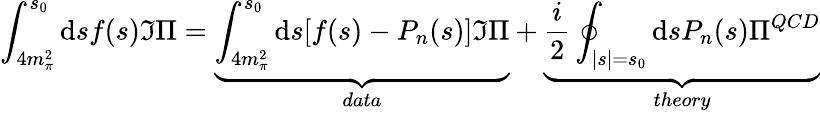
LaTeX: \int_{4m_{\pi}^{2}}^{s_{0}}\mathrm{d}sf(s)\Im\Pi=\underbrace{\int_{4m_{\pi}^{2}}^{s_{0}}\mathrm{d}s[f(s)-P_{n}(s)]\Im\Pi}_{data}+\underbrace{\frac{i}{2}\oint_{|s|=s_{0}}\mathrm{d}sP_{n}(s)\Pi^{QCD}}_{theory}